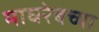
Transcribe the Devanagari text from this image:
माघरेबच्या